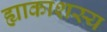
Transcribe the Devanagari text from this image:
ह्याकाशस्य